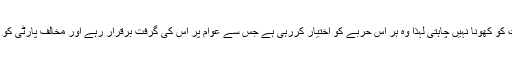
بی جے پی کسی بھی حال میں گجرات کو کھونا نہیں چاہتی لہذا وہ ہر اس حربے کو اختیار کررہی ہے جس سے عوام پر اس کی گرفت برقرار رہے اور مخالف پارٹی کو سر اٹھانے کا بھی موقع نہ مل سکے۔